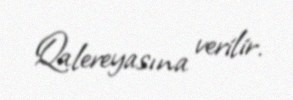
Qalereyasına verilir.